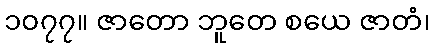
၁၀၇၇။ ဇာတော ဘူတေ စယေ ဇာတံ၊